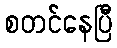
စတင်နေပြီ